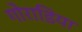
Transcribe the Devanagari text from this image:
गोराडिया